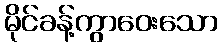
မိုင်ခန့်ကွာဝေးသော